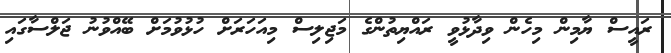
ރައީސް ޔާމިން މިހެން ވިދާޅުވީ ރައްޔިތުންގެ މަޖިލިސް މިއަހަރަށް ހުޅުވުމަށް ބޭއްވުނު ޖަލްސާގައި